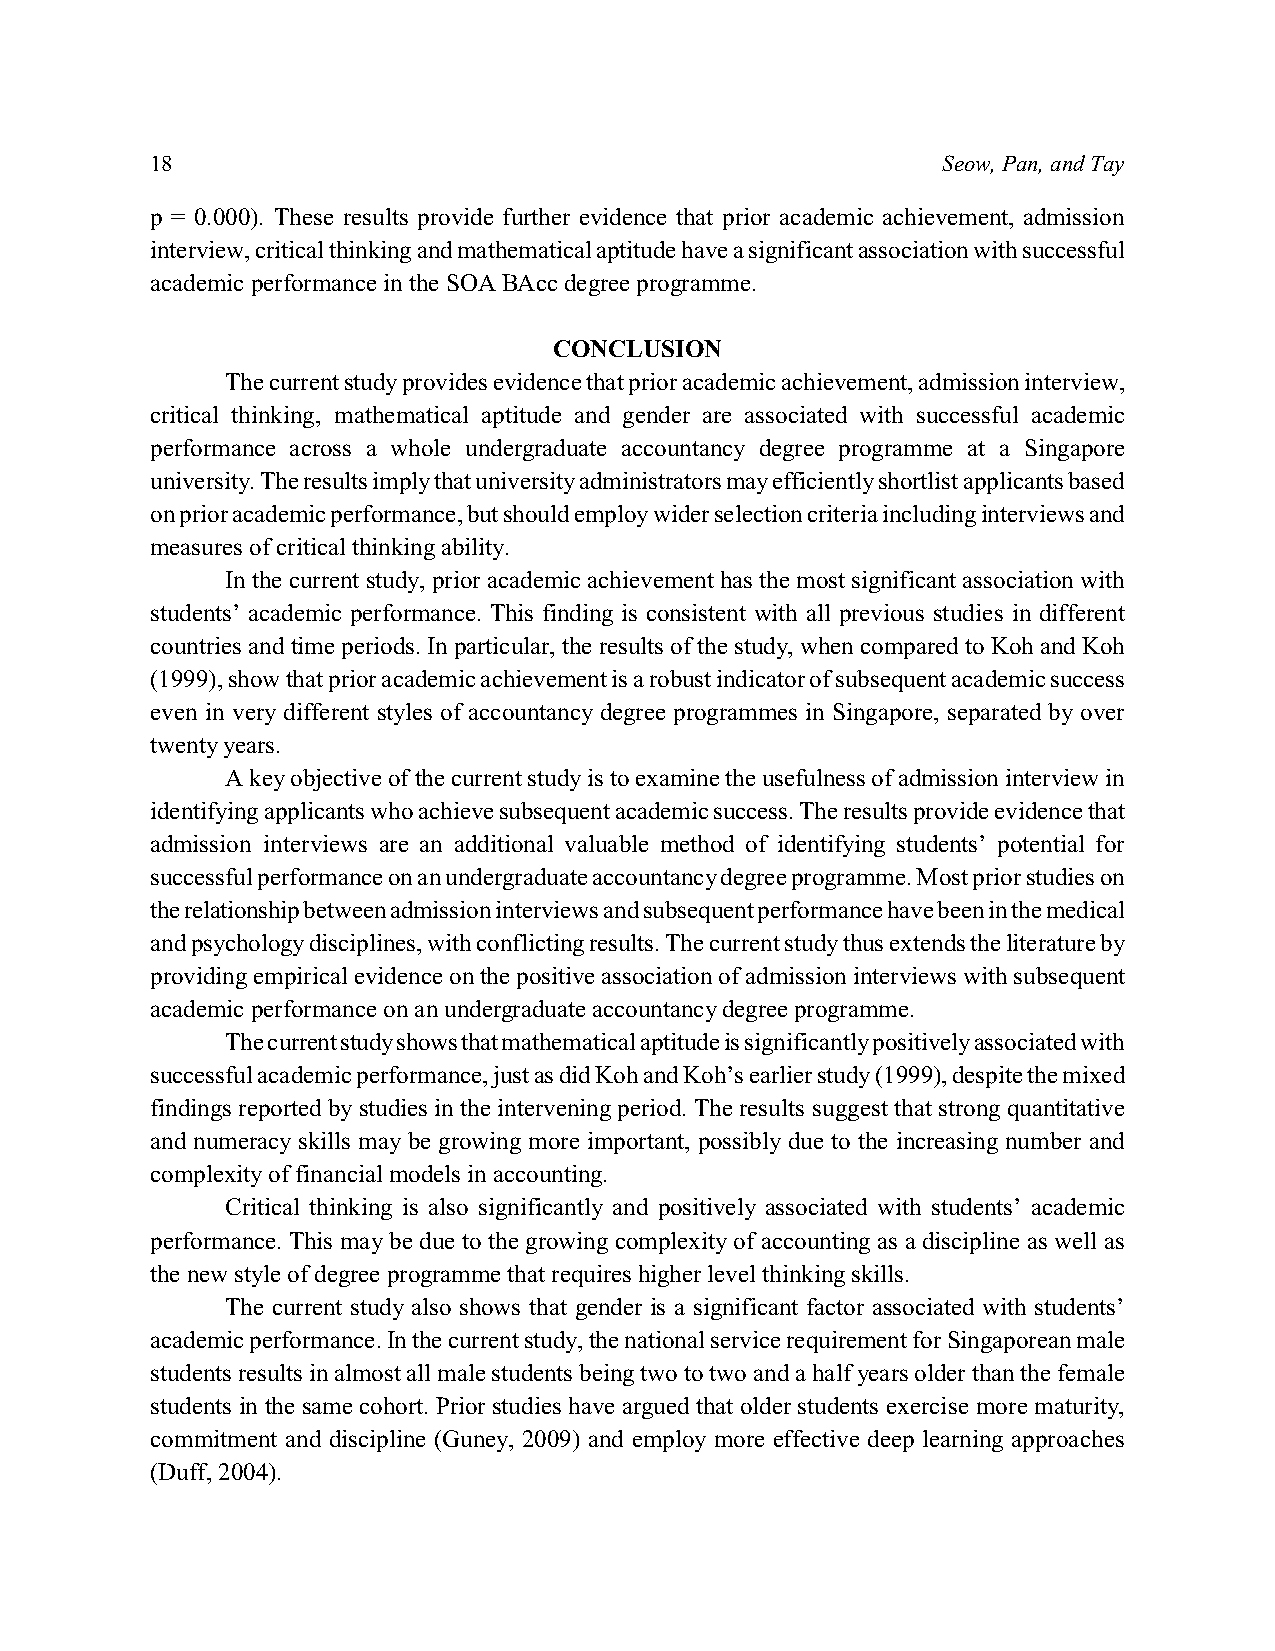
18                                                  Seow, Pan, and Tay
 p = 0.000). These results provide further evidence that prior academic achievement, admission
 interview, critical thinking and mathematical aptitude have a significant association with successful
 academic performance in the SOA BAcc degree programme.
 CONCLUSION
 The current study provides evidence that prior academic achievement, admission interview,
 critical thinking, mathematical aptitude and gender are associated with successful academic
 performance across a whole undergraduate accountancy degree programme at a Singapore
 university. The results imply that university administrators may efficiently shortlist applicants based
 on prior academic performance, but should employ wider selection criteria including interviews and
 measures of critical thinking ability.
 In the current study, prior academic achievement has the most significant association with
 students’ academic performance. This finding is consistent with all previous studies in different
 countries and time periods. In particular, the results of the study, when compared to Koh and Koh
 (1999), show that prior academic achievement is a robust indicator of subsequent academic success
 even in very different styles of accountancy degree programmes in Singapore, separated by over
 twenty years.
 A key objective of the current study is to examine the usefulness of admission interview in
 identifying applicants who achieve subsequent academic success. The results provide evidence that
 admission interviews are an additional valuable method of identifying students’ potential for
 successful performance on an undergraduate accountancy degree programme. Most prior studies on
 the relationship between admission interviews and subsequent performance have been in the medical
 and psychology disciplines, with conflicting results. The current study thus extends the literature by
 providing empirical evidence on the positive association of admission interviews with subsequent
 academic performance on an undergraduate accountancy degree programme.
 The current study shows that mathematical aptitude is significantly positively associated with
 successful academic performance, just as did Koh and Koh’s earlier study (1999), despite the mixed
 findings reported by studies in the intervening period. The results suggest that strong quantitative
 and numeracy skills may be growing more important, possibly due to the increasing number and
 complexity of financial models in accounting.
 Critical thinking is also significantly and positively associated with students’ academic
 performance. This may be due to the growing complexity of accounting as a discipline as well as
 the new style of degree programme that requires higher level thinking skills.
 The current study also shows that gender is a significant factor associated with students’
 academic performance. In the current study, the national service requirement for Singaporean male
 students results in almost all male students being two to two and a half years older than the female
 students in the same cohort. Prior studies have argued that older students exercise more maturity,
 commitment and discipline (Guney, 2009) and employ more effective deep learning approaches
 (Duff, 2004).